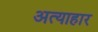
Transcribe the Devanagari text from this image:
अत्याहार